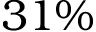
3 1 \%